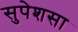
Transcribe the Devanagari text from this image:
सुपेशसा